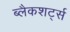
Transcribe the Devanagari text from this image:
ब्लैकशर्ट्स